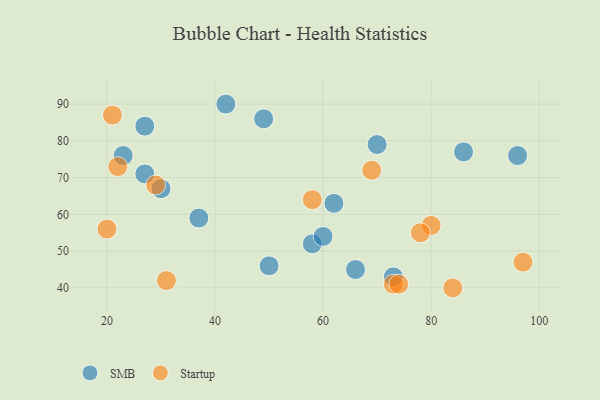
{"axis": {"x": "GDP", "y": "Life Expectancy"}, "legend": ["SMB", "Startup"], "data": [{"x": "86", "y": 77, "type": "SMB"}, {"x": "58", "y": 52, "type": "SMB"}, {"x": "66", "y": 45, "type": "SMB"}, {"x": "30", "y": 67, "type": "SMB"}, {"x": "70", "y": 79, "type": "SMB"}, {"x": "96", "y": 76, "type": "SMB"}, {"x": "27", "y": 84, "type": "SMB"}, {"x": "23", "y": 76, "type": "SMB"}, {"x": "49", "y": 86, "type": "SMB"}, {"x": "42", "y": 90, "type": "SMB"}, {"x": "62", "y": 63, "type": "SMB"}, {"x": "60", "y": 54, "type": "SMB"}, {"x": "27", "y": 71, "type": "SMB"}, {"x": "73", "y": 43, "type": "SMB"}, {"x": "37", "y": 59, "type": "SMB"}, {"x": "50", "y": 46, "type": "SMB"}, {"x": "73", "y": 41, "type": "Startup"}, {"x": "20", "y": 56, "type": "Startup"}, {"x": "31", "y": 42, "type": "Startup"}, {"x": "22", "y": 73, "type": "Startup"}, {"x": "21", "y": 87, "type": "Startup"}, {"x": "84", "y": 40, "type": "Startup"}, {"x": "80", "y": 57, "type": "Startup"}, {"x": "69", "y": 72, "type": "Startup"}, {"x": "78", "y": 55, "type": "Startup"}, {"x": "74", "y": 41, "type": "Startup"}, {"x": "29", "y": 68, "type": "Startup"}, {"x": "97", "y": 47, "type": "Startup"}, {"x": "58", "y": 64, "type": "Startup"}]}